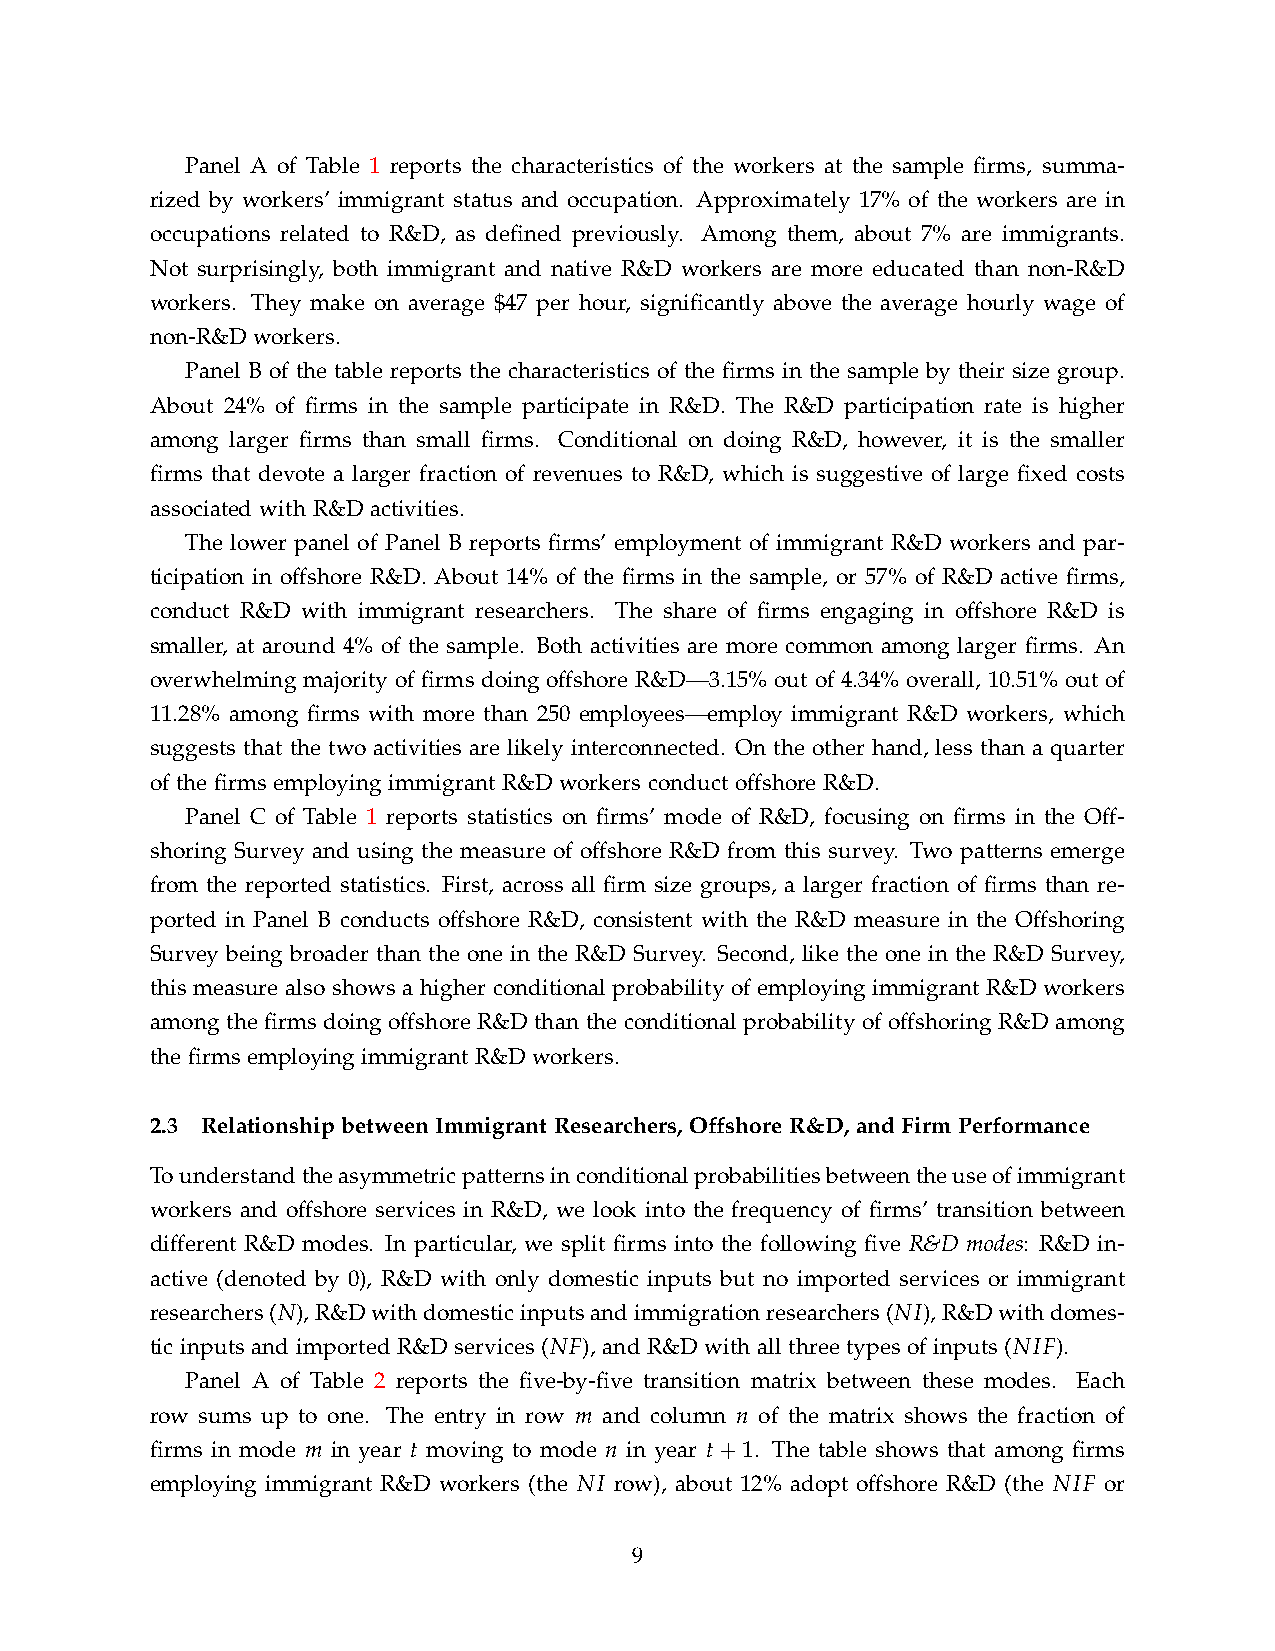
Panel A of Table 1 reports the characteristics of the workers at the sample firms, summa-
 rized by workers’ immigrant status and occupation. Approximately 17% of the workers are in
 occupations related to R&D, as defined previously. Among them, about 7% are immigrants.
 Not surprisingly, both immigrant and native R&D workers are more educated than non-R&D
 workers. They make on average $47 per hour, significantly above the average hourly wage of
 non-R&D workers.
 Panel B of the table reports the characteristics of the firms in the sample by their size group.
 About 24% of firms in the sample participate in R&D. The R&D participation rate is higher
 among larger firms than small firms. Conditional on doing R&D, however, it is the smaller
 firms that devote a larger fraction of revenues to R&D, which is suggestive of large fixed costs
 associated with R&D activities.
 The lower panel of Panel B reports firms’ employment of immigrant R&D workers and par-
 ticipation in offshore R&D. About 14% of the firms in the sample, or 57% of R&D active firms,
 conduct R&D with immigrant researchers. The share of firms engaging in offshore R&D is
 smaller, at around 4% of the sample. Both activities are more common among larger firms. An
 overwhelming majority of firms doing offshore R&D—3.15% out of 4.34% overall, 10.51% out of
 11.28% among firms with more than 250 employees—employ immigrant R&D workers, which
 suggests that the two activities are likely interconnected. On the other hand, less than a quarter
 of the firms employing immigrant R&D workers conduct offshore R&D.
 Panel C of Table 1 reports statistics on firms’ mode of R&D, focusing on firms in the Off-
 shoring Survey and using the measure of offshore R&D from this survey. Two patterns emerge
 from the reported statistics. First, across all firm size groups, a larger fraction of firms than re-
 ported in Panel B conducts offshore R&D, consistent with the R&D measure in the Offshoring
 Survey being broader than the one in the R&D Survey. Second, like the one in the R&D Survey,
 this measure also shows a higher conditional probability of employing immigrant R&D workers
 among the firms doing offshore R&D than the conditional probability of offshoring R&D among
 the firms employing immigrant R&D workers.
 2.3 Relationship between Immigrant Researchers, Offshore R&D, and Firm Performance
 Tounderstandtheasymmetricpatternsinconditionalprobabilitiesbetweentheuseofimmigrant
 workers and offshore services in R&D, we look into the frequency of firms’ transition between
 different R&D modes. In particular, we split firms into the following five R&D modes: R&D in-
 active (denoted by 0), R&D with only domestic inputs but no imported services or immigrant
 researchers(N),R&Dwithdomesticinputsandimmigrationresearchers(NI),R&Dwithdomes-
 tic inputs and imported R&D services (NF), and R&D with all three types of inputs (NIF).
 Panel A of Table 2 reports the five-by-five transition matrix between these modes. Each
 row sums up to one. The entry in row m and column n of the matrix shows the fraction of
 firms in mode m in year t moving to mode n in year t+1. The table shows that among firms
 employing immigrant R&D workers (the NI row), about 12% adopt offshore R&D (the NIF or
 9